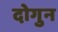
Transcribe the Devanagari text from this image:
दोगुन